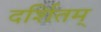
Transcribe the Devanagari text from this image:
दर्शितम्